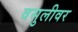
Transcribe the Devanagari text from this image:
वसुलीवर